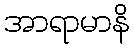
အာရာမာနိ